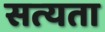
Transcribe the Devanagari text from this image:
सत्‍यता